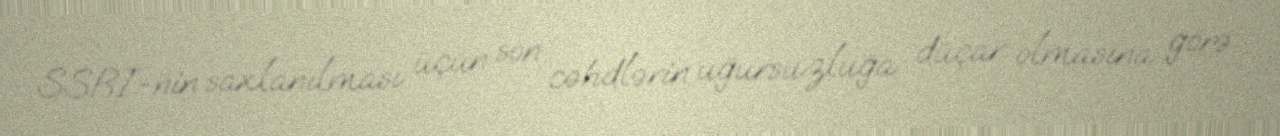
SSRİ-nin saxlanılması üçün son cəhdlərin uğursuzluğa düçar olmasına görə